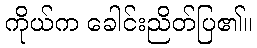
ကိုယ်က ခေါင်းညိတ်ပြ၏။